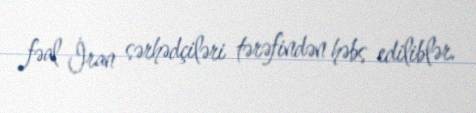
fəal İran sərhədçiləri tərəfindən həbs ediliblər.